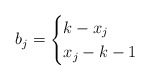
\begin{align*}b_j=\begin{cases}k-x_j&\\x_j-k-1&\end{cases}\end{align*}